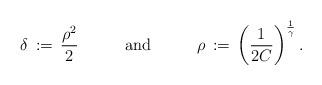
LaTeX: \begin{align*}\delta\,:=\,\frac{\rho^{2}}{2}\;\;\;\;\;\;\;\;\;\;\mbox{and}\;\;\;\;\;\;\;\;\;\;\rho\,:=\,\left(\frac{1}{2C}\right)^\frac{1}{{\gamma}}.\end{align*}